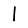
Digit: 1